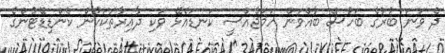
ދެ ވަނަ ބުރުގެ ބަހުސް ބާއްވަން ހަމަޖެއްސީ ކަނޑައެޅޭ ވަކި ދާއިރާތަކަކުން ކެންޑިޑޭޓުންގެ